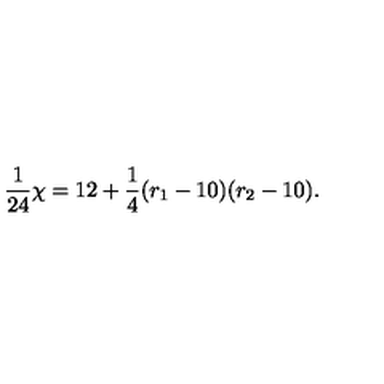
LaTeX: { \frac { 1 } { 2 4 } } \chi = 1 2 + { \frac { 1 } { 4 } } ( r _ { 1 } - 1 0 ) ( r _ { 2 } - 1 0 ) .